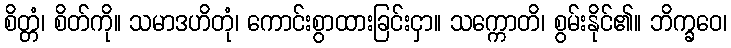
စိတ္တံ၊ စိတ်ကို။ သမာဒဟိတုံ၊ ကောင်းစွာထားခြင်းငှာ။ သက္ကောတိ၊ စွမ်းနိုင်၏။ ဘိက္ခဝေ၊